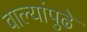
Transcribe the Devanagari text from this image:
वाल्यांपुढे